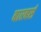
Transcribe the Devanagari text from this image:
बारबर्स